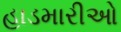
હાડમારીઓ